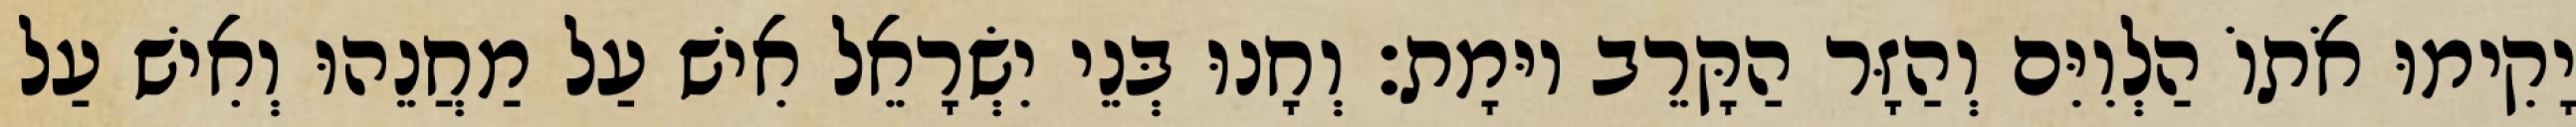
יָקִימוּ אֹתוֹ הַלְוִיִּם וְהַזָּר הַקָּרֵב יוּמָת׃ וְחָנוּ בְּנֵי יִשְׂרָאֵל אִישׁ עַל מַחֲנֵהוּ וְאִישׁ עַל